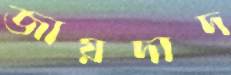
জায়দাদ